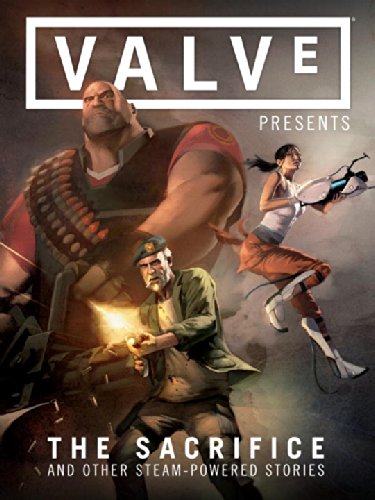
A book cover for Valve Presents Volume 1: The Sacrifice and Other Steam-Powered Stories; Various; Comics & Graphic Novels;